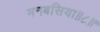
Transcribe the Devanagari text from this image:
मनबसिया॥८॥